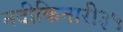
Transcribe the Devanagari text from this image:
नदीकिनारी३५